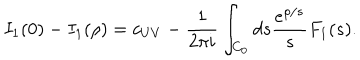
I _ { 1 } ( 0 ) - I _ { 1 } ( \rho ) = c _ { U V } - \frac { 1 } { 2 \pi i } \int _ { C _ { 0 } } d s \frac { e ^ { \rho / s } } { s } F _ { 1 } ( s ^ { } ) .